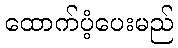
ထောက်ပံ့ပေးမည်